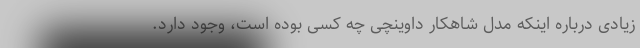
زیادی درباره اینکه مدل شاهکار داوینچی چه کسی بوده است، وجود دارد.